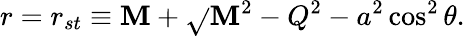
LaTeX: r=r_{st}\equiv\mathbf{M}+\sqrt{}{{\mathbf{M}^{2}-Q^{2}-a^{2}\cos^{2}\theta}}.